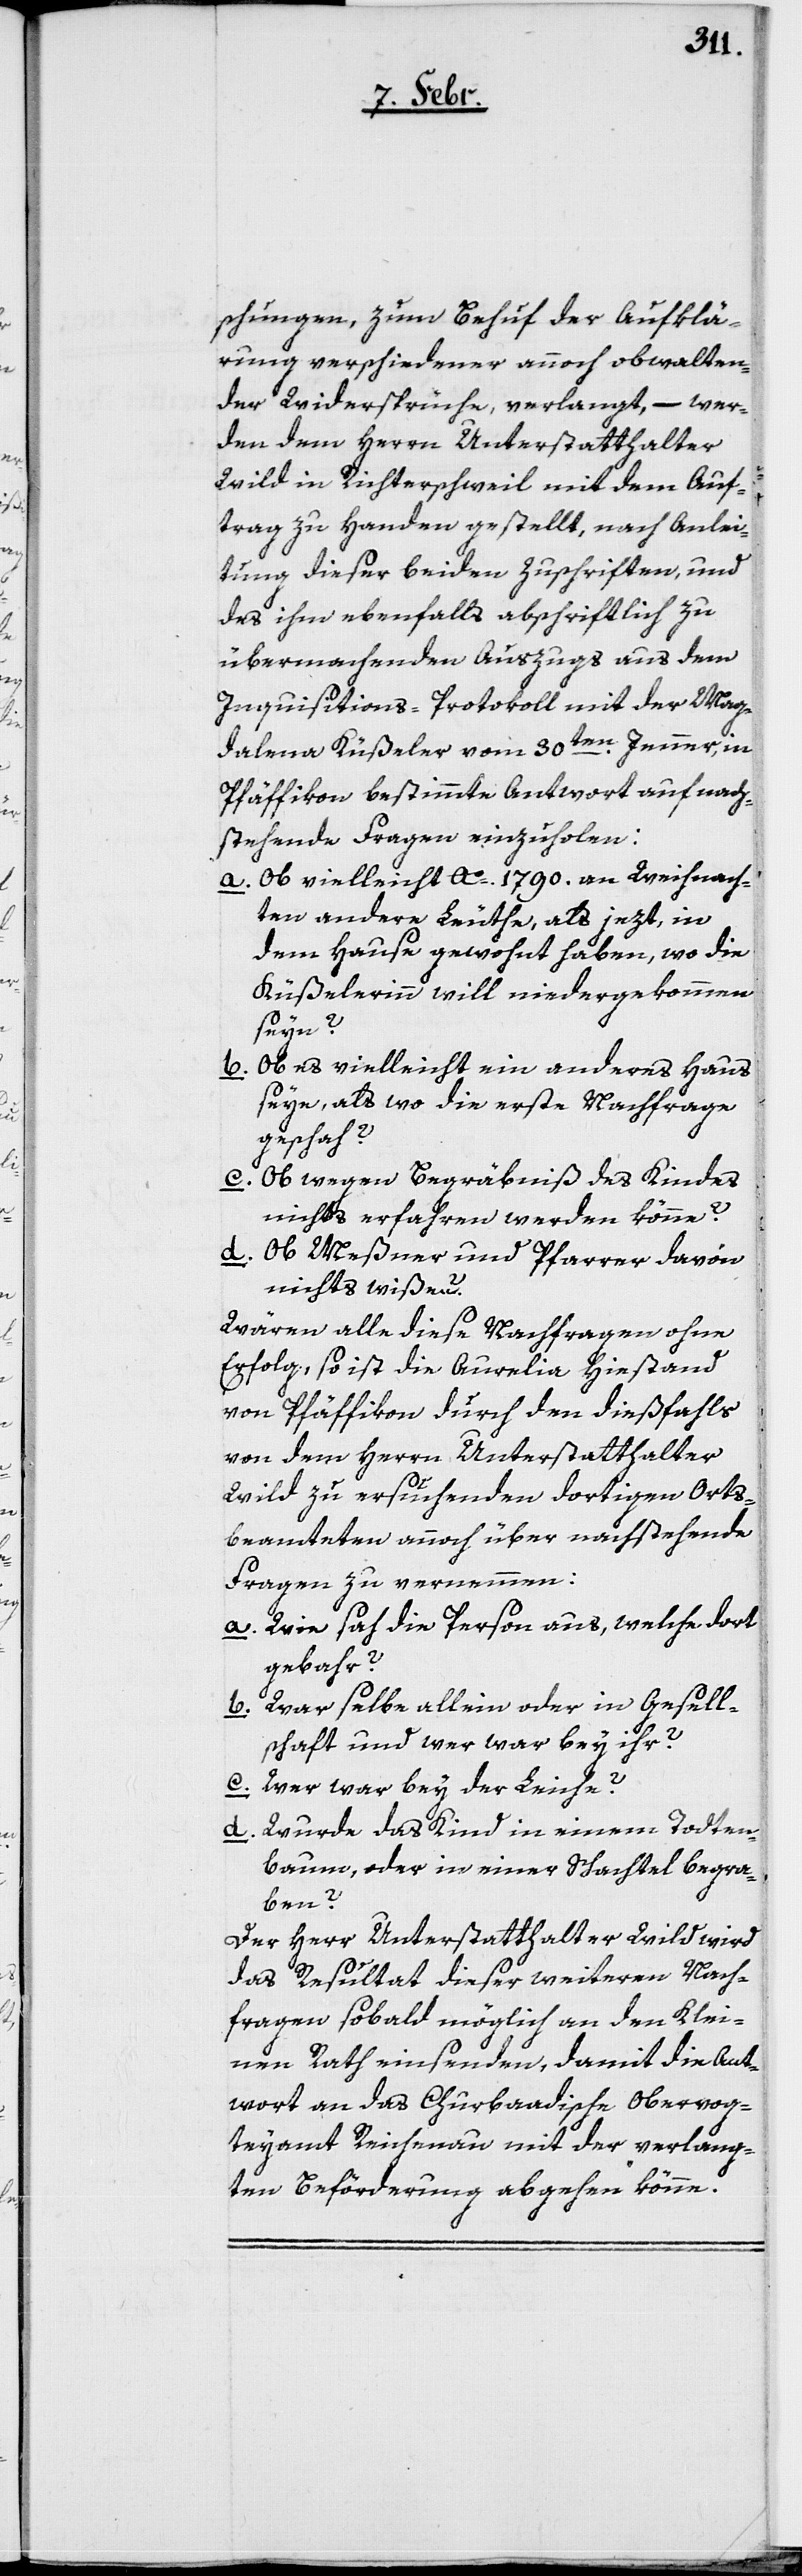
schungen, zum Behuf der Aufklä¬
rung verschiedener annoch obwalten¬
der Widersprüche, verlangt, – wer¬
den dem Herrn Unterstatthalter
Wild in Richterschweil mit dem Auf¬
trag zu Handen gestellt, nach Anlei¬
tung dieser beiden Zuschriften und
des ihm ebenfalls abschriftlich zu
übermachenden Auszugs aus dem
Inquisitions-Protokoll mit der Mag¬
dalena Küßeler vom 30ten. Jenner, in
Pfäffikon bestimmte Antwort auf nach¬
stehende Fragen einzuholen:
a. Ob vielleicht Ao. 1790. an Weihnach¬
ten andere Leuthe, als jezt, in
dem Hause gewohnt haben, wo die
Küßelerinn will niedergekommen
seyn?
Ob es vielleicht ein anderes Haus
b.
seye, als wo die erste Nachfrage
geschah?
Ob wegen Begräbniß des Kindes
c.
nichts erfahren werden könne?
d.
Ob Meßner und Pfarrer davon
nichts wißen?
Wären alle diese Nachfragen ohne
Erfolg; so ist die Aurelia Hiestand
von Pfäffikon durch den dießfahls
von dem Herrn Unterstatthalter
Wild zu ersuchenden dortigen Orts¬
beamteten annoch über nachstehende
Fragen zu vernemmen:
a. Wie sah die Person aus, welche dort
gebahr?
b. War selbe allein oder in Gesell¬
schaft und wer war bey ihr?
c. Wer war bey der Leiche?
d. Wurde das Kind in einem Todten¬
baum, oder in einer Schachtel begra¬
ben?
Der Herr Unterstatthalter Wild wird
das Resultat dieser weiteren Nach¬
fragen sobald möglich an den Klei¬
nen Rath einsenden, damit die Ant¬
wort an das Churbaadische Obervog¬
teyamt Reichenau mit der verlang¬
ten Beförderung abgehen könne.